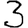
Digit: 3